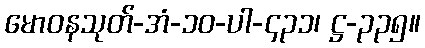
မောဝနသုတ်-အံ-၁၀-ပါ-၄၃၁၊ ဋ္ဌ-၃၃၅။